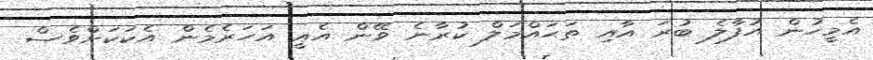
އެމީހުން އުފާލެ ބުރަ އާއި ތަޙައްމަލް ކުރާނެ ވޭން އެއީ އަހަރެމެން އެކަކަށްވެސް